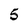
Character: 5